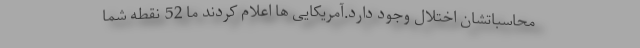
محاسباتشان اختلال وجود دارد.آمریکایی ها اعلام کردند ما 52 نقطه شما